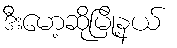
ဒီးမော့ဆိုမြို့နယ်